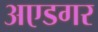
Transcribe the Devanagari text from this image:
अएडगर